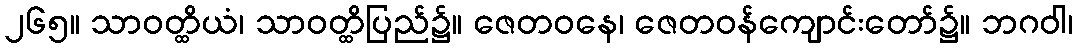
၂၆၅။ သာဝတ္ထိယံ၊ သာဝတ္ထိပြည်၌။ ဇေတဝနေ၊ ဇေတဝန်ကျောင်းတော်၌။ ဘဂဝါ၊